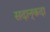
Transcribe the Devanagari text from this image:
सदान्‌कदा